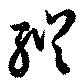
縦